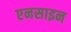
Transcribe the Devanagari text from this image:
एनसाइन